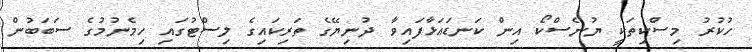
ހުކުރު މިސްކިތަކީ ޔުނެސްކޯ އިން ކަނޑައަޅާފައިވާ ދުނިޔޭގެ ތަރިކައިގެ ލިސްޓުގައި ހިމެނުމުގެ ސަބަބުން